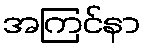
အကြင်နာ